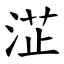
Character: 淽